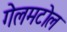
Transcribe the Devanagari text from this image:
गेलमटोल